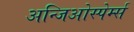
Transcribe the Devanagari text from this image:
अन्जिओस्पेर्म्स